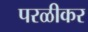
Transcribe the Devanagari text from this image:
परळीकर